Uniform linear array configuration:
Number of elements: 32
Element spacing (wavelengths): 1
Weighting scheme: kaiser
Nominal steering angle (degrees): -45
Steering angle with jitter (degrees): -44.453
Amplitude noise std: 0.05
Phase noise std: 0.05

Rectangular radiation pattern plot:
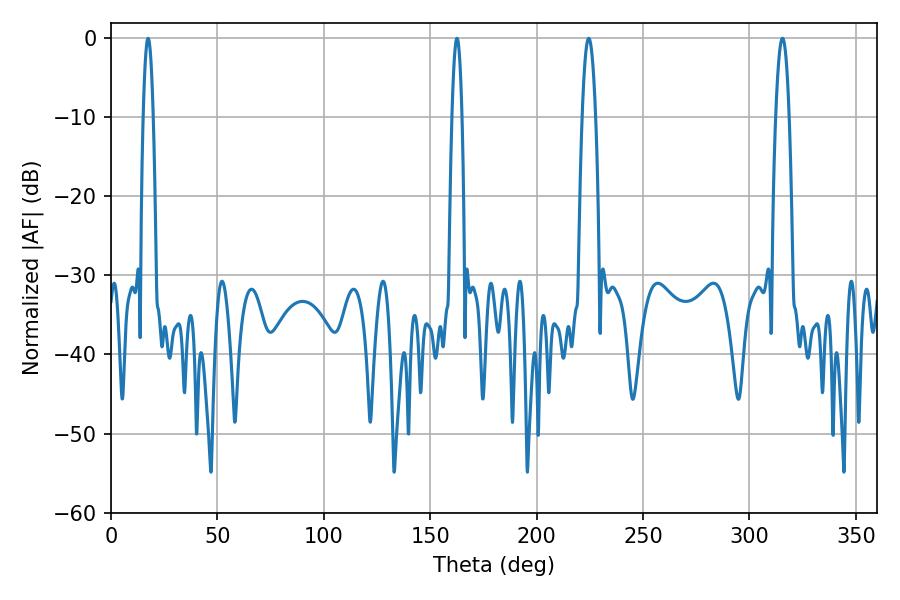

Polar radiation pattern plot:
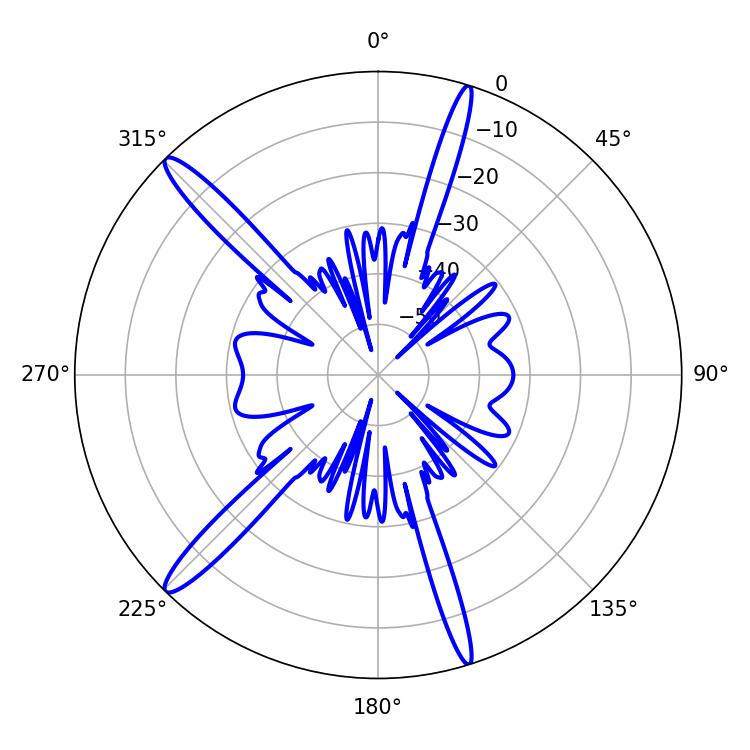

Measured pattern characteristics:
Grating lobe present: TRUE
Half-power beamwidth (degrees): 3.42
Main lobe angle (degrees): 224.46